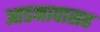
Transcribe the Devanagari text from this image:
आडनावासह